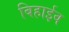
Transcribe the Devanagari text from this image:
बिहाईव